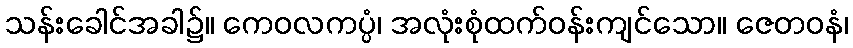
သန်းခေါင်အခါ၌။ ကေဝလကပ္ပံ၊ အလုံးစုံထက်ဝန်းကျင်သော။ ဇေတဝနံ၊